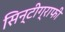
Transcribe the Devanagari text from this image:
सिन्टीग्राफी